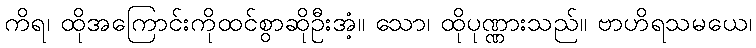
ကိရ၊ ထိုအကြောင်းကိုထင်စွာဆိုဦးအံ့။ သော၊ ထိုပုဏ္ဏားသည်။ ဗာဟိရသမယေ၊